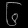
Digit: ၆